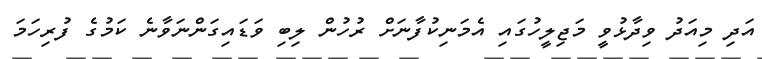
އަދި މިއަދު ވިދާޅުވީ މަޖިލީހުގައި އެމަނިކުފާނަށް ރުހުން ލިބި ވަޑައިގަންނަވާނެ ކަމުގެ ފުރިހަމަ